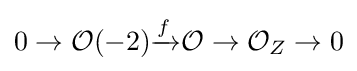
0\to {\mathcal {O}}(-2){\xrightarrow {f}}{\mathcal {O}}\to {\mathcal {O}}_{Z}\to 0